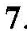
7